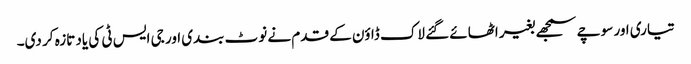
تیاری اور سوچے سمجھے بغیر اٹھائے گئے لاک ڈاؤن کے قدم نے نوٹ بندی اور جی ایس ٹی کی یاد تازہ کر دی۔